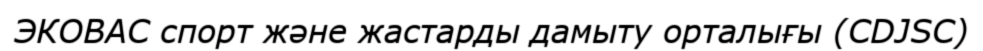
ЭКОВАС спорт және жастарды дамыту орталығы (CDJSC)